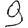
Digit: 9